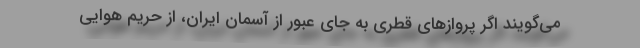
می‌گویند اگر پروازهای قطری به جای عبور از آسمان ایران، از حریم هوایی